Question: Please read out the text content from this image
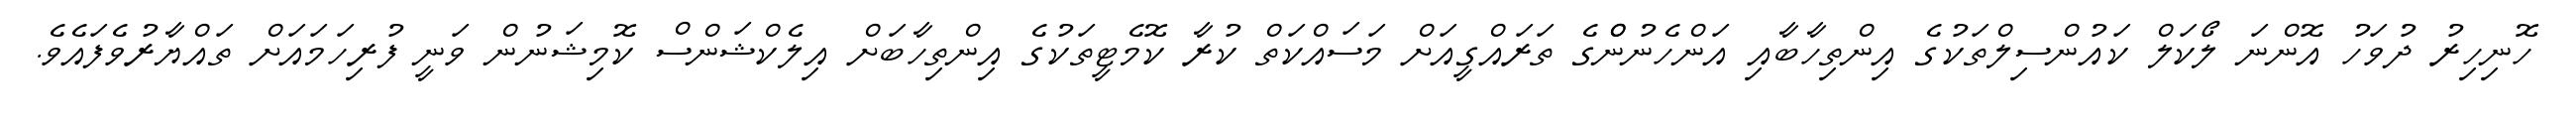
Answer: ހޮނިހިރު ދުވަހު އޮންނަ ލޯކަލް ކައުންސިލްތަކުގެ އިންތިހާބާއި އަންހެނުންްގެ ތަރައްގީއަށް މަސައްކަތް ކުރާ ކޮމެޓީތަކުގެ އިންތިހާބަށް އިލެކްޝަންސް ކޮމިޝަނުން ވަނީ ފުރިހަމައަށް ތައްޔާރުވެފައެވެ.